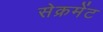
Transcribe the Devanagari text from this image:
सेक्रमेंट